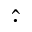
\widehat { \cdot }